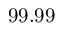
9 9 . 9 9 \